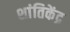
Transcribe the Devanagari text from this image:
शांतिकेंद्र